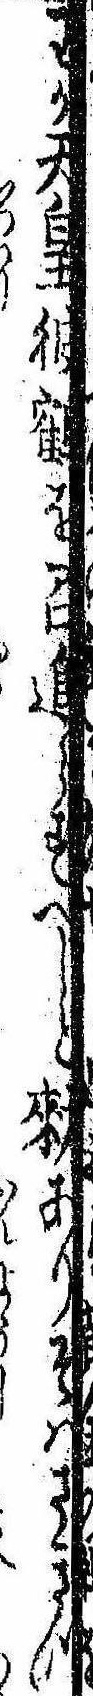
わが天皇彼鶴を召進らすべしと勅ありそはさきつ